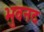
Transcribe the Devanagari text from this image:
भुवनद